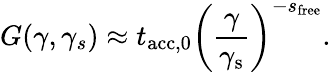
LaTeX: G(\gamma,\gamma_{s})\approx t_{\mathrm{acc,0}}\left(\frac{\gamma}{\gamma_{\mathrm{s}}}\right)^{-s_{\mathrm{free}}}.